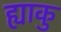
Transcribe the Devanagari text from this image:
ह्याकु